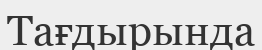
Тағдырында